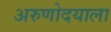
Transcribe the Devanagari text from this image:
अरुणोदयाला